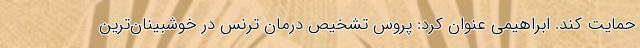
حمایت کند. ابراهیمی عنوان کرد: پروس تشخیص درمان ترنس در خوشبینان‌ترین